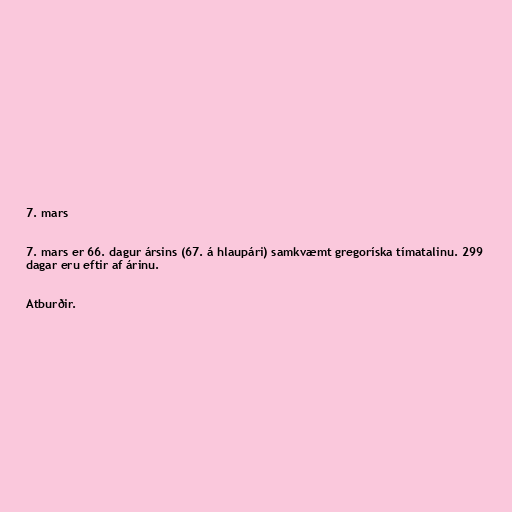
7. mars

7. mars er 66. dagur ársins (67. á hlaupári) samkvæmt gregoríska tímatalinu. 299
dagar eru eftir af árinu.

Atburðir.